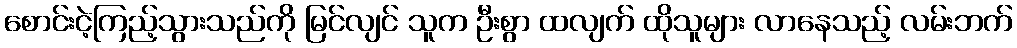
စောင်းငဲ့ကြည့်သွားသည်ကို မြင်လျင် သူက ဦးစွာ ထလျက် ထိုသူများ လာနေသည့် လမ်းဘက်